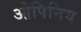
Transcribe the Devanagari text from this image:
ओपिनिय